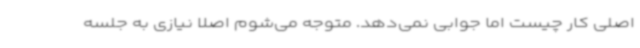
اصلی کار چیست اما جوابی نمی‌دهد. متوجه می‌شوم اصلاً نیازی به جلسه